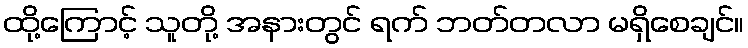
ထို့ကြောင့် သူတို့ အနားတွင် ရက် ဘတ်တလာ မရှိစေချင်။